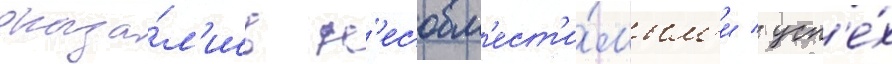
оказа́л'ись н'есовм'ест'и́мым'и / усп'е́х